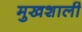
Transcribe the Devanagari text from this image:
मुखशाली